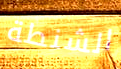
الشنطة